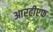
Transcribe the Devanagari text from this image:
आरटीएफ़